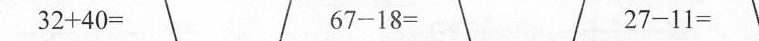
$$3 2 + 4 0 =$$ $$6 7 - 1 8 =$$ $$2 7 - 1 1 =$$